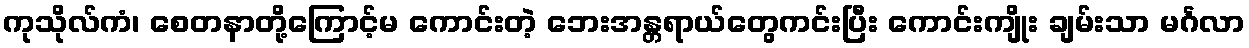
ကုသိုလ်ကံ၊ စေတနာတို့ကြောင့်မ ကောင်းတဲ့ ဘေးအန္တရာယ်တွေကင်းပြီး ကောင်းကျိုး ချမ်းသာ မင်္ဂလာ